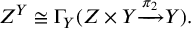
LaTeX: Z ^ { Y } \cong \Gamma _ { Y } ( Z \times Y { \xrightarrow { \pi _ { 2 } } } Y ) .